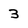
Character: 3